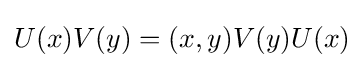
U(x)V(y)=(x,y)V(y)U(x)